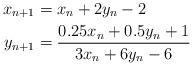
LaTeX: \begin{align*}x_{n+1} & =x_{n}+2y_{n}-2\\y_{n+1} & =\frac{0.25x_{n}+0.5y_{n}+1}{3x_{n}+6y_{n}-6}\end{align*}